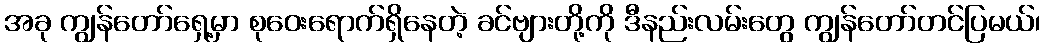
အခု ကျွန်တော်ရှေ့မှာ စုဝေးရောက်ရှိနေတဲ့ ခင်ဗျားတို့ကို ဒီနည်းလမ်းတွေ ကျွန်တော်တင်ပြမယ်၊